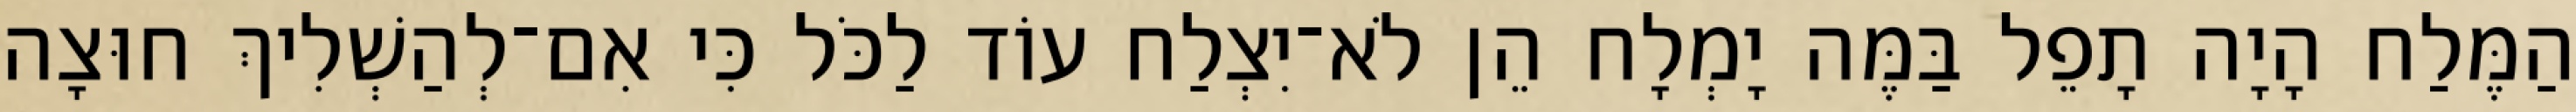
הַמֶּלַח הָיָה תָפֵל בַּמֶּה יָמְלָח הֵן לֹא־יִצְלַח עוֹד לַכֹּל כִּי אִם־לְהַשְׁלִיךְ חוּצָה